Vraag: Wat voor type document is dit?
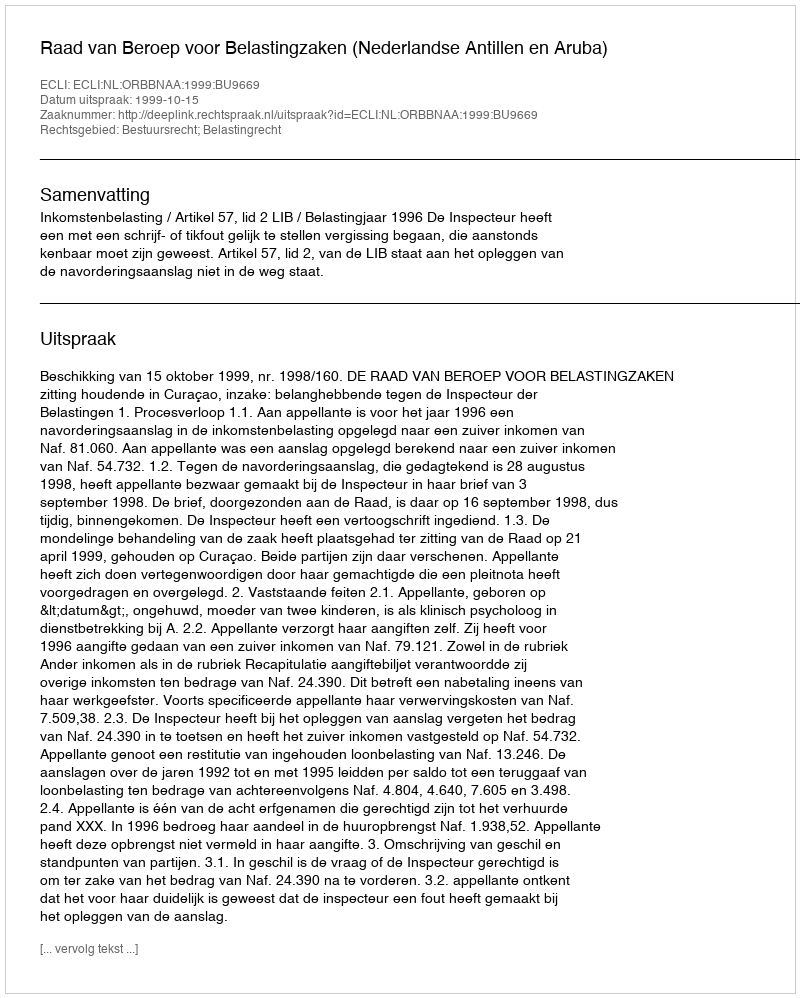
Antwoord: Uitspraak